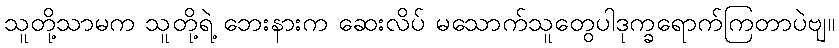
သူတို့သာမက သူတို့ရဲ့ ဘေးနားက ဆေးလိပ် မသောက်သူတွေပါဒုက္ခရောက်ကြတာပဲဗျ။